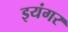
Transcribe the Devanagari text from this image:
इयंगर